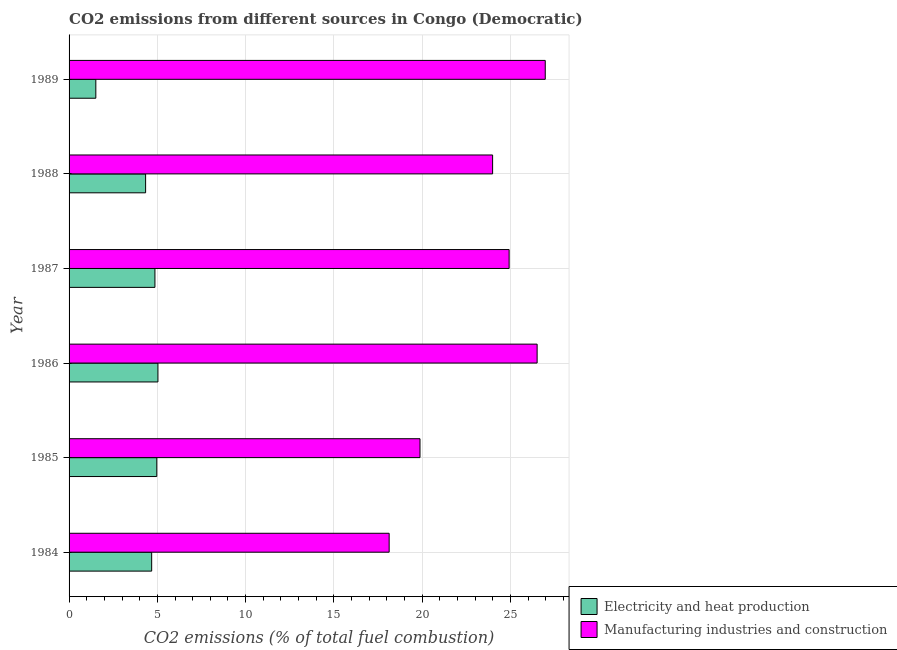
| Year | Electricity and heat production | Manufacturing industries and construction |
 | --- | --- | --- |
 | 1984 | 4.68 | 18.1 |
 | 1985 | 4.97 | 19.9 |
 | 1986 | 5.03 | 26.5 |
 | 1987 | 4.86 | 24.9 |
 | 1988 | 4.34 | 24 |
 | 1989 | 1.52 | 27 |